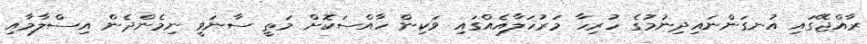
ރާއްޖޭގައި އުނގަންނައިދިނުމުގެ ހުރިހާ މަރުހަލާއެއްގައި ވަކިން ހާއްސަކޮށް މަތީ ސާނަވީ ނިމެންދެން އިސްލާމާއި